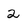
Character: 2